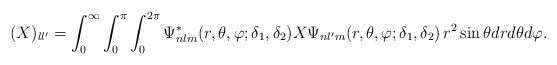
LaTeX: \begin{align*}(X)_{ll'} = \int_{0}^{ \infty} \int_{0}^{ \pi} \int_{0}^{2\pi}\Psi_{nlm}^*(r,\theta,\varphi;\delta_1,\delta_2)X \Psi_{nl'm}(r,\theta,\varphi;\delta_1,\delta_2) \,r^2 \sin\theta dr d\theta d\varphi.\end{align*}